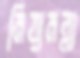
মিয়ামল্লা